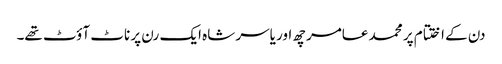
دن کے اختتام پر محمد عامر چھ اور یاسر شاہ ایک رن پر ناٹ آؤٹ تھے۔